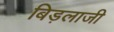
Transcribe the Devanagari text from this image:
बिड़लाजी